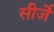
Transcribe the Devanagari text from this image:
सीर्जे